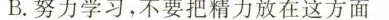
B.努力学习，不要把精力放在这方面